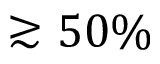
\gtrsim 5 0 \%